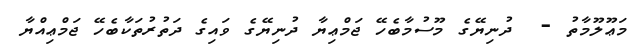
މަޢޫލޫމާތު -  ދުނިޔޭގެ މޫސުމާބެހޭ ޖަމްޢިޔާ ދުނިޔޭގެ ވައިގެ ދަތުރުތަކާބެހޭ ޖަމްޢިއްޔާ